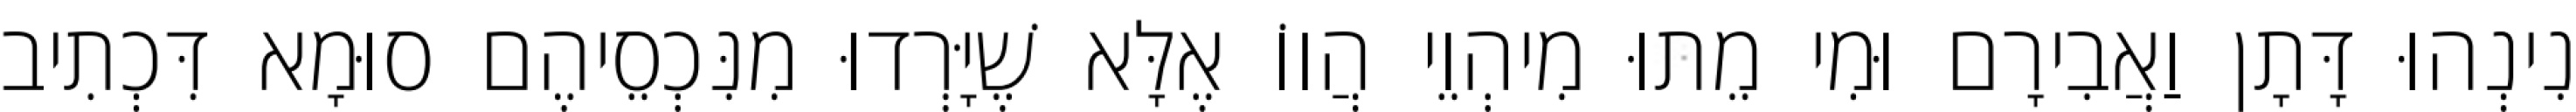
נִינְהוּ דָּתָן וַאֲבִירָם וּמִי מֵתוּ מִיהְוֵי הֲווֹ אֶלָּא שֶׁיָּרְדוּ מִנִּכְסֵיהֶם סוּמָא דִּכְתִיב